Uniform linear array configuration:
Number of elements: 8
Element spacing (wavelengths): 0.75
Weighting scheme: uniform
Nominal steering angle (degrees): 0
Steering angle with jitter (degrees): -0.02087
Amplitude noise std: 0.05
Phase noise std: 0.05

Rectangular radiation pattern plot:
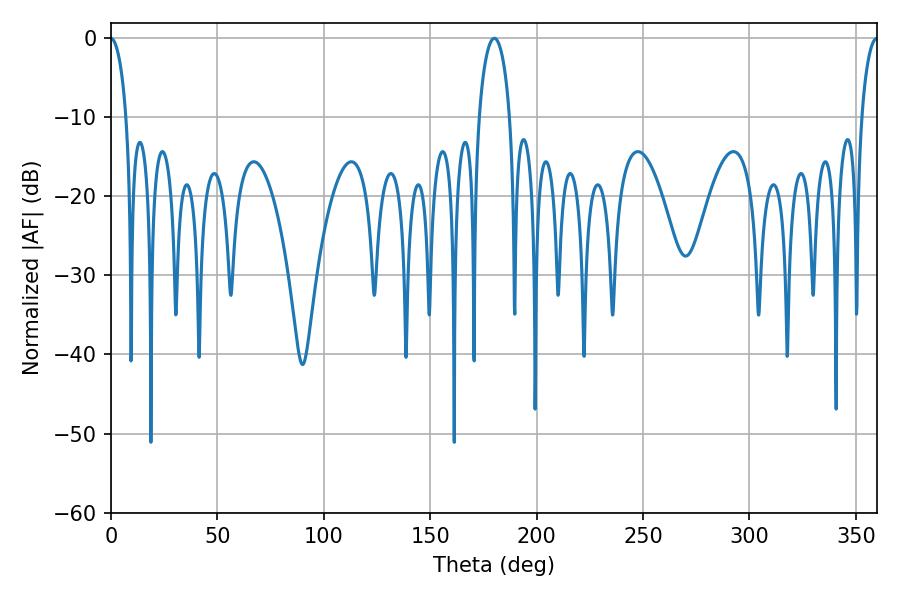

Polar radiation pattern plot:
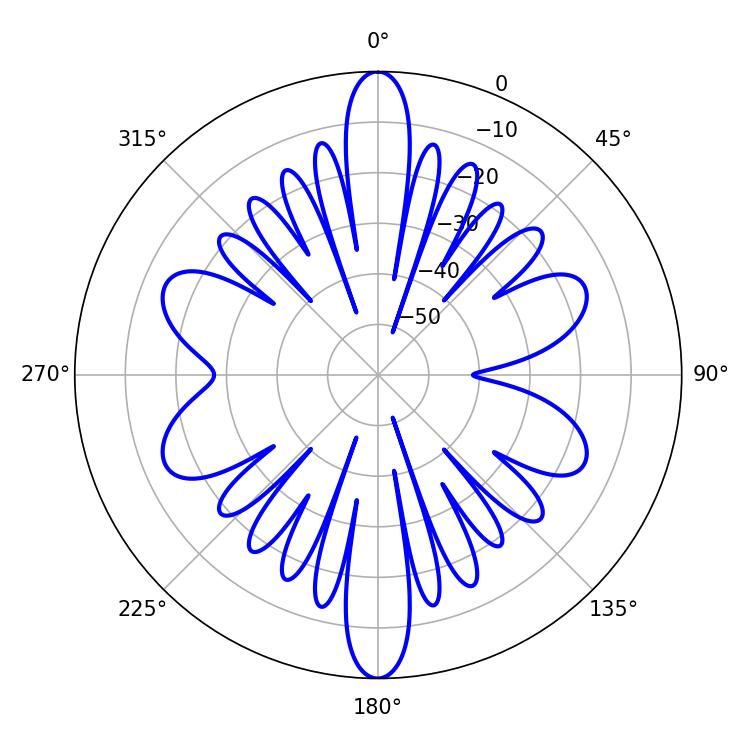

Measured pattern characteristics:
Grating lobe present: TRUE
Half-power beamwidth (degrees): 8.28
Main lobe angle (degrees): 180.18